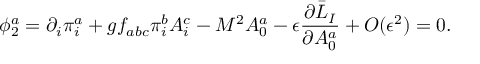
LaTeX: \phi _ { 2 } ^ { a } = \partial _ { i } \pi _ { i } ^ { a } + g f _ { a b c } \pi _ { i } ^ { b } A _ { i } ^ { c } - M ^ { 2 } A _ { 0 } ^ { a } - \epsilon \frac { \partial \bar { \cal L } _ { I } } { \partial A _ { 0 } ^ { a } } + O ( \epsilon ^ { 2 } ) = 0 .